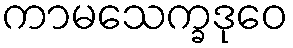
ကာမသေက္ခဒုဝေ